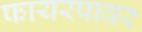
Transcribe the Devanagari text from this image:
फायरपावर